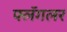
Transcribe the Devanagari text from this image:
फ्लॅगलर